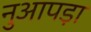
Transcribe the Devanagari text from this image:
नुआपड़ा